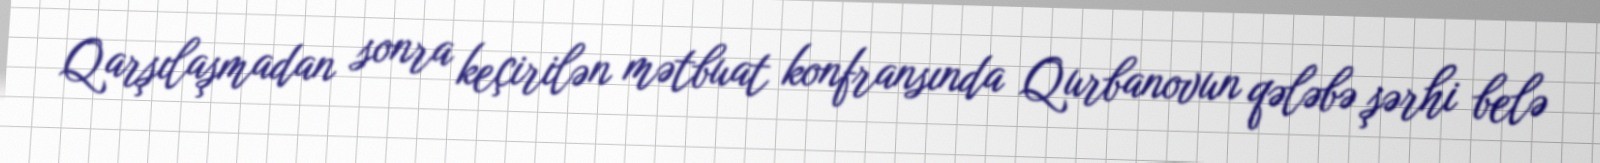
Qarşılaşmadan sonra keçirilən mətbuat konfransında Qurbanovun qələbə şərhi belə